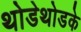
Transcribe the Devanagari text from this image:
थोडेथोडके